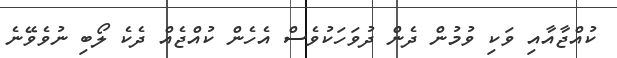
ކުއްޖާއާއި ވަކި ވުމުން ދެން ދުވަހަކުވެސް އެހެން ކުއްޖެއް ދެކެ ލޯބި ނުވެވޭނެ